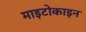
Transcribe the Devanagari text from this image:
माइटोकाइन